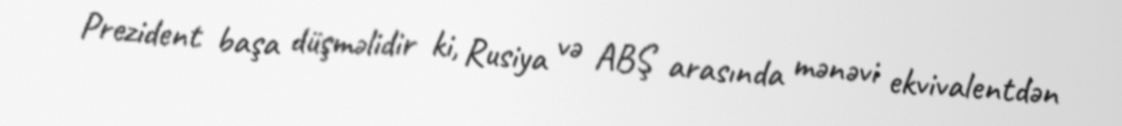
Prezident başa düşməlidir ki, Rusiya və ABŞ arasında mənəvi ekvivalentdən